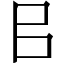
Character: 㠯